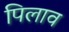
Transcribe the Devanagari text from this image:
पिलाव